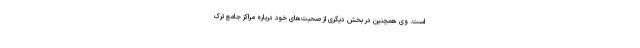
است. وی همچنین در بخش دیگری از صحبت‌های خود درباره مراکز جامع ترک